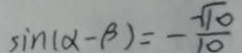
\sin ( \alpha - \beta ) = - \frac { \sqrt { 1 0 } } { 1 0 }